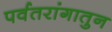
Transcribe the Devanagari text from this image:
पर्वतरांगातुन